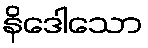
နိဒေါသော